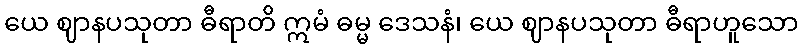
ယေ ဈာနပသုတာ ဓီရာတိ ဣမံ ဓမ္မ ဒေသနံ၊ ယေ ဈာနပသုတာ ဓီရာဟူသော